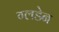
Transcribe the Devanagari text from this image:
ग्लडेन